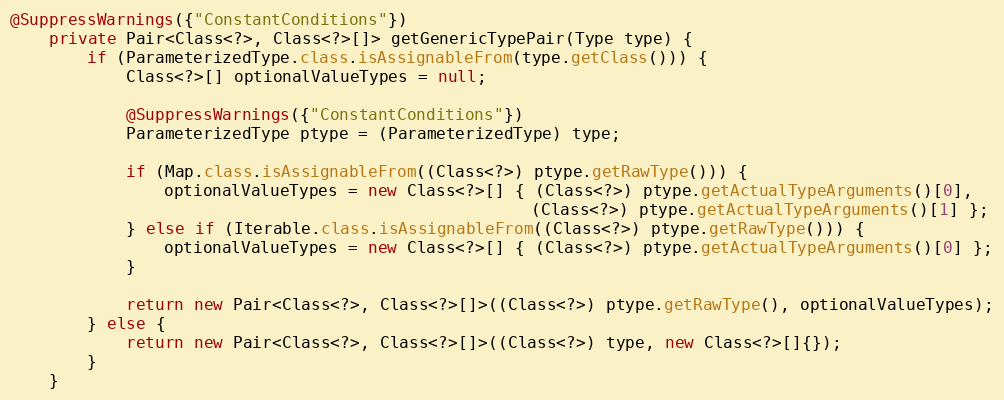
Language: Java
@SuppressWarnings({"ConstantConditions"})
    private Pair<Class<?>, Class<?>[]> getGenericTypePair(Type type) {
        if (ParameterizedType.class.isAssignableFrom(type.getClass())) {
            Class<?>[] optionalValueTypes = null;

            @SuppressWarnings({"ConstantConditions"})
            ParameterizedType ptype = (ParameterizedType) type;

            if (Map.class.isAssignableFrom((Class<?>) ptype.getRawType())) {
                optionalValueTypes = new Class<?>[] { (Class<?>) ptype.getActualTypeArguments()[0],
                                                      (Class<?>) ptype.getActualTypeArguments()[1] };
            } else if (Iterable.class.isAssignableFrom((Class<?>) ptype.getRawType())) {
                optionalValueTypes = new Class<?>[] { (Class<?>) ptype.getActualTypeArguments()[0] };
            }

            return new Pair<Class<?>, Class<?>[]>((Class<?>) ptype.getRawType(), optionalValueTypes);
        } else {
            return new Pair<Class<?>, Class<?>[]>((Class<?>) type, new Class<?>[]{});
        }
    }